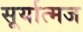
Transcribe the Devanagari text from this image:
सूर्यात्मज